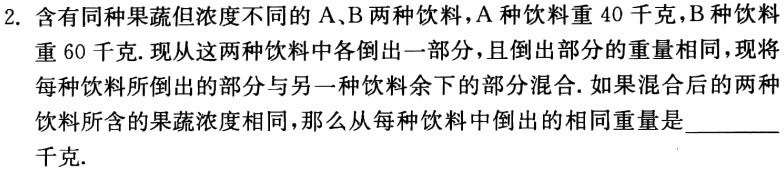
2. 含有同种果蔬但浓度不同的\(A、B\)两种饮料，\(A\)种饮料重\(40\)千克，\(B\)种饮料重\(60\)千克. 现从这两种饮料中各倒出一部分，且倒出部分的重量相同，现将每种饮料所倒出的部分与另一种饮料余下的部分混合. 如果混合后的两种饮料所含的果蔬浓度相同，那么从每种饮料中倒出的相同重量是________千克.